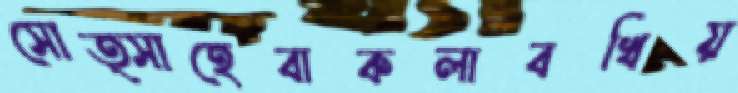
সোত্সাহেবাকলাবখিয়